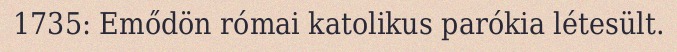
1735: Emődön római katolikus parókia létesült.